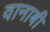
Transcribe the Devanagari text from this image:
वानाबी